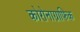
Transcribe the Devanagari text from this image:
कोरोनाग्राफिक